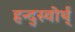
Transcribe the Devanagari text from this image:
हन्द्स्वोर्थ्